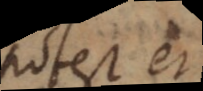
Potest et